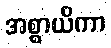
အစ္စာယိကာ